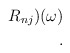
\begin{align*}R_{nj})(\omega)\\. \end{align*}